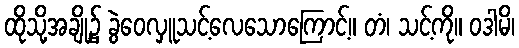
ထိုသို့အချို့၌ ခွဲဝေလှူသင့်လေသောကြောင့်။ တံ၊ သင့်ကို။ ဝဒါမိ၊